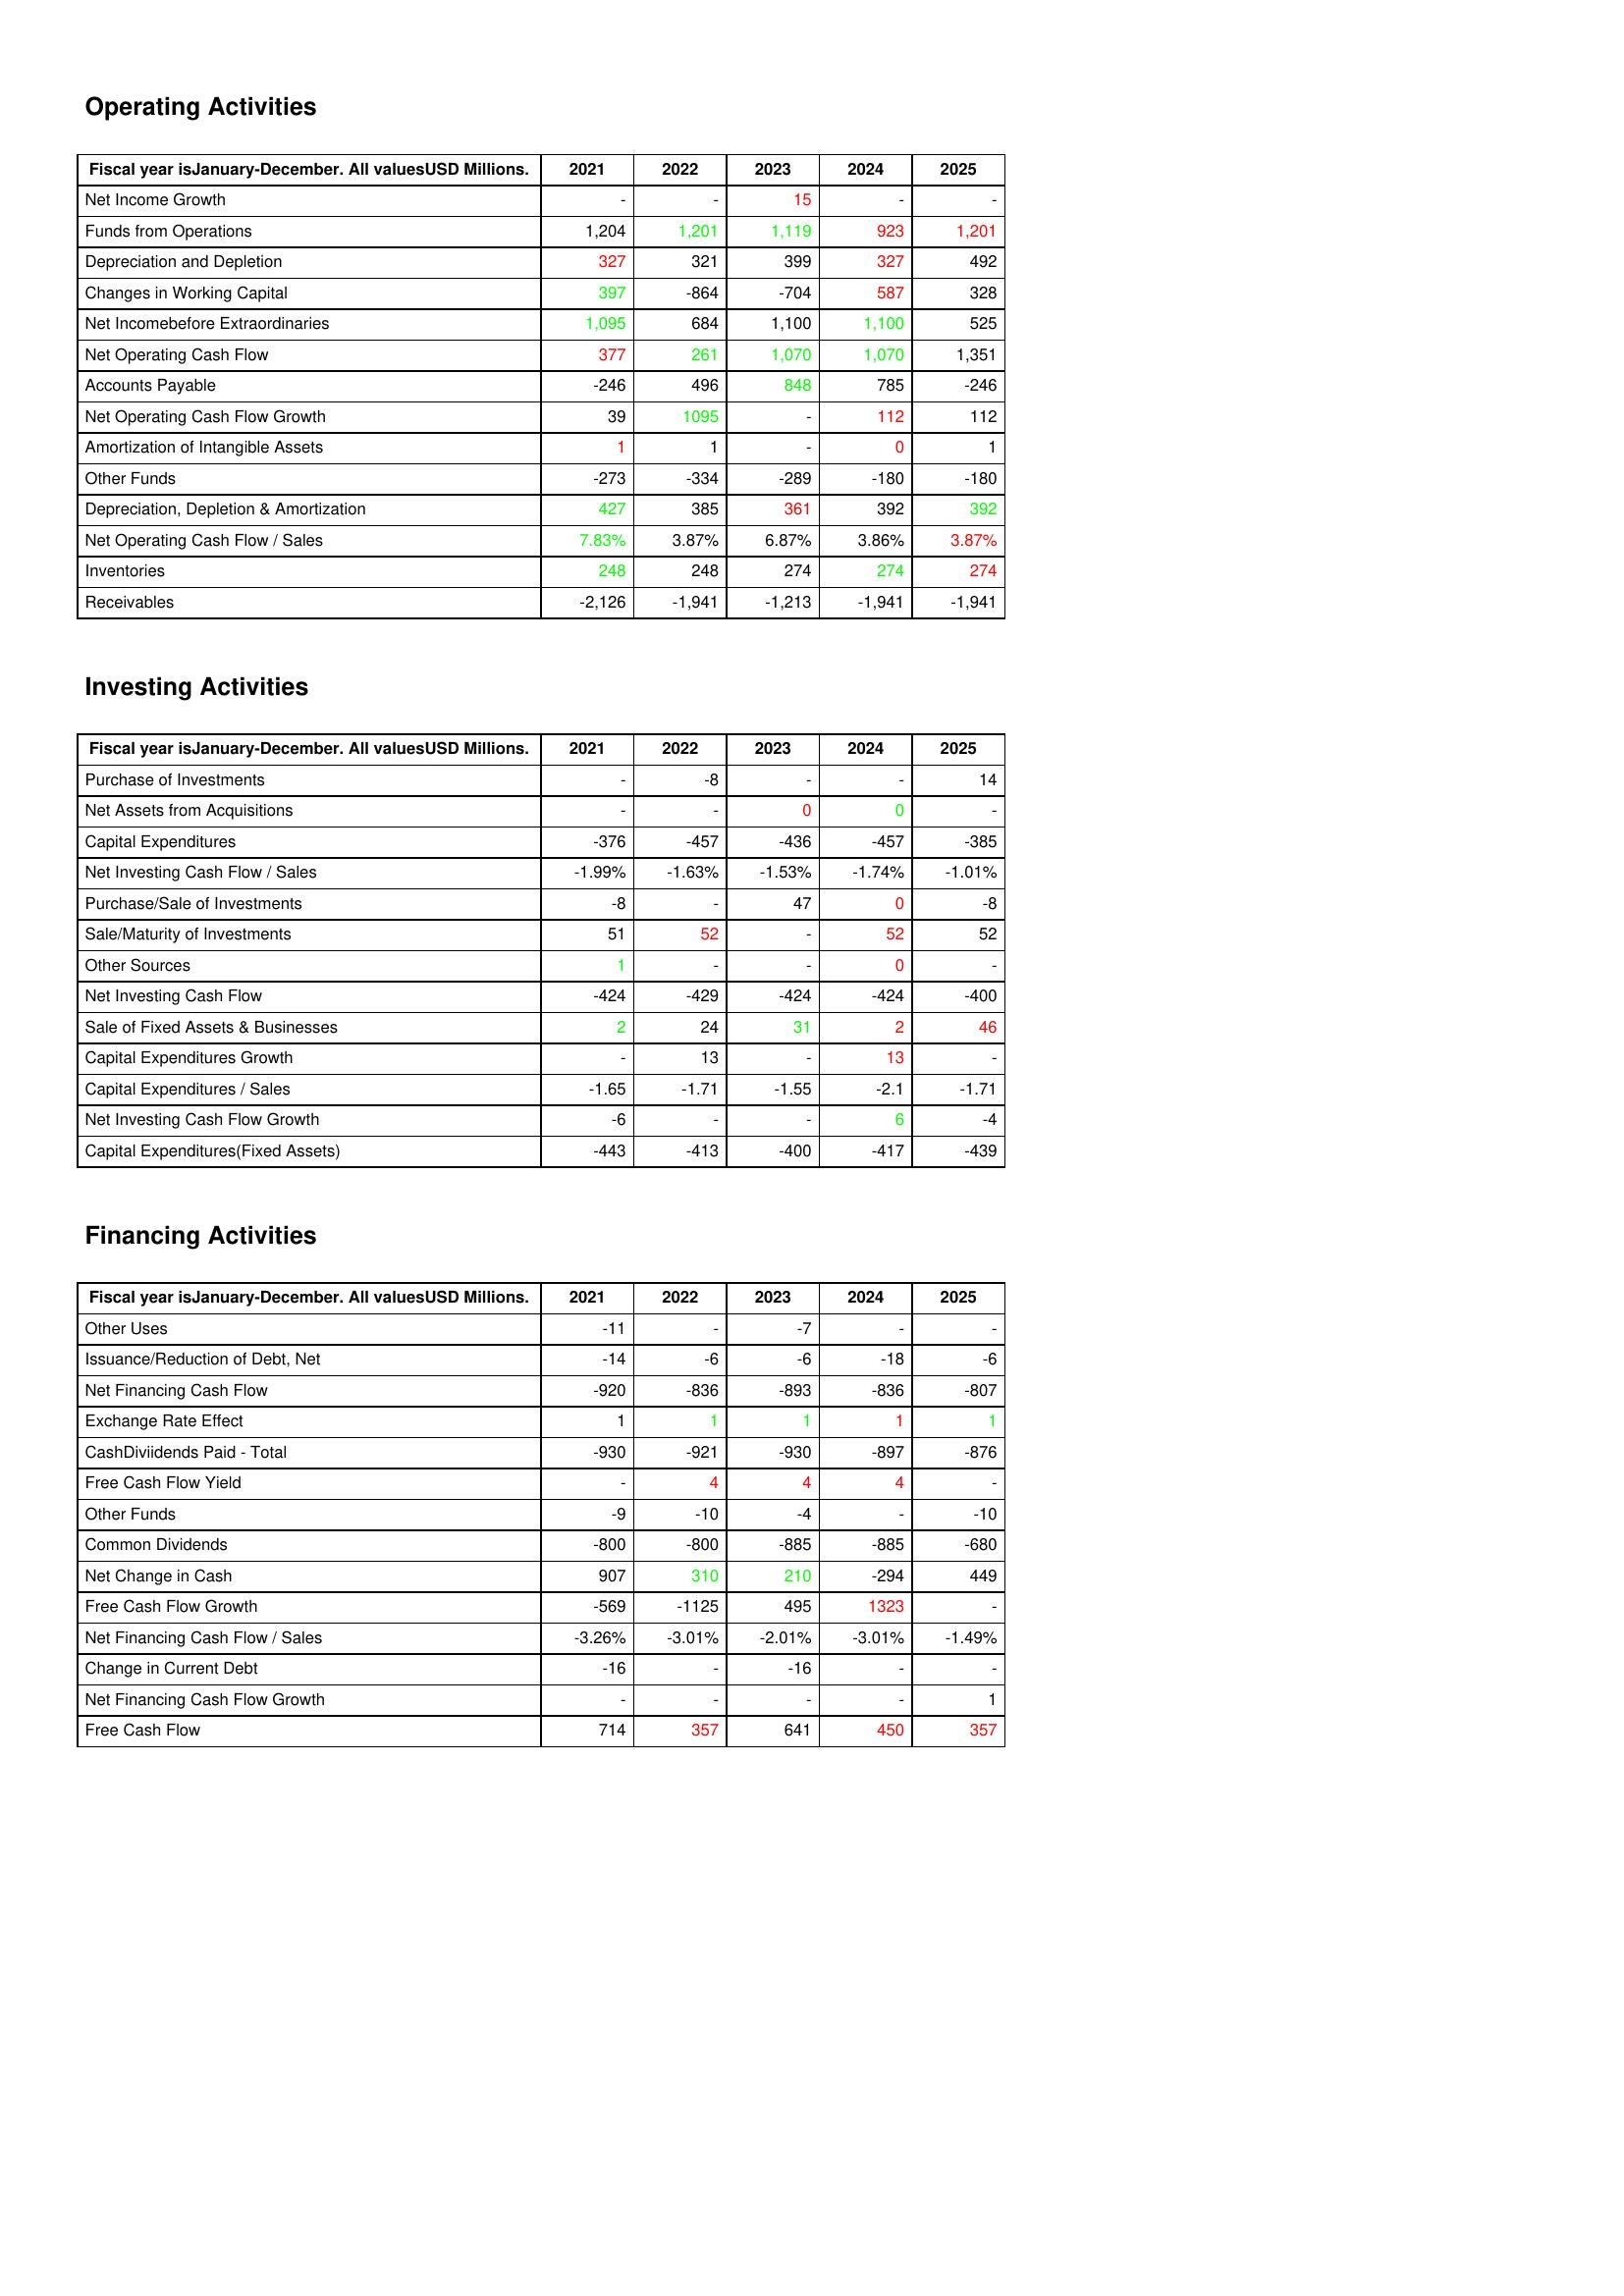
gt_parse: 2021: Operating Activities: Net Income Growth: -
Funds from Operations: 1,204
Depreciation and Depletion: 327
Changes in Working Capital: 397
Net Incomebefore Extraordinaries: 1,095
Net Operating Cash Flow: 377
Accounts Payable: -246
Net Operating Cash Flow Growth: 39
Amortization of Intangible Assets: 1
Other Funds: -273
Depreciation, Depletion & Amortization: 427
Net Operating Cash Flow / Sales: 7.83%
Inventories: 248
Receivables: -2,126
Investing Activities: Purchase of Investments: -
Net Assets from Acquisitions: -
Capital Expenditures: -376
Net Investing Cash Flow / Sales: -1.99%
Purchase/Sale of Investments: -8
Sale/Maturity of Investments: 51
Other Sources: 1
Net Investing Cash Flow: -424
Sale of Fixed Assets & Businesses: 2
Capital Expenditures Growth: -
Capital Expenditures / Sales: -1.65
Net Investing Cash Flow Growth: -6
Capital Expenditures(Fixed Assets): -443
Financing Activities: Other Uses: -11
Issuance/Reduction of Debt, Net: -14
Net Financing Cash Flow: -920
Exchange Rate Effect: 1
CashDiviidends Paid - Total: -930
Free Cash Flow Yield: -
Other Funds: -9
Common Dividends: -800
Net Change in Cash: 907
Free Cash Flow Growth: -569
Net Financing Cash Flow / Sales: -3.26%
Change in Current Debt: -16
Net Financing Cash Flow Growth: -
Free Cash Flow: 714
2022: Operating Activities: Net Income Growth: -
Funds from Operations: 1,201
Depreciation and Depletion: 321
Changes in Working Capital: -864
Net Incomebefore Extraordinaries: 684
Net Operating Cash Flow: 261
Accounts Payable: 496
Net Operating Cash Flow Growth: 1095
Amortization of Intangible Assets: 1
Other Funds: -334
Depreciation, Depletion & Amortization: 385
Net Operating Cash Flow / Sales: 3.87%
Inventories: 248
Receivables: -1,941
Investing Activities: Purchase of Investments: -8
Net Assets from Acquisitions: -
Capital Expenditures: -457
Net Investing Cash Flow / Sales: -1.63%
Purchase/Sale of Investments: -
Sale/Maturity of Investments: 52
Other Sources: -
Net Investing Cash Flow: -429
Sale of Fixed Assets & Businesses: 24
Capital Expenditures Growth: 13
Capital Expenditures / Sales: -1.71
Net Investing Cash Flow Growth: -
Capital Expenditures(Fixed Assets): -413
Financing Activities: Other Uses: -
Issuance/Reduction of Debt, Net: -6
Net Financing Cash Flow: -836
Exchange Rate Effect: 1
CashDiviidends Paid - Total: -921
Free Cash Flow Yield: 4
Other Funds: -10
Common Dividends: -800
Net Change in Cash: 310
Free Cash Flow Growth: -1125
Net Financing Cash Flow / Sales: -3.01%
Change in Current Debt: -
Net Financing Cash Flow Growth: -
Free Cash Flow: 357
2023: Operating Activities: Net Income Growth: 15
Funds from Operations: 1,119
Depreciation and Depletion: 399
Changes in Working Capital: -704
Net Incomebefore Extraordinaries: 1,100
Net Operating Cash Flow: 1,070
Accounts Payable: 848
Net Operating Cash Flow Growth: -
Amortization of Intangible Assets: -
Other Funds: -289
Depreciation, Depletion & Amortization: 361
Net Operating Cash Flow / Sales: 6.87%
Inventories: 274
Receivables: -1,213
Investing Activities: Purchase of Investments: -
Net Assets from Acquisitions: 0
Capital Expenditures: -436
Net Investing Cash Flow / Sales: -1.53%
Purchase/Sale of Investments: 47
Sale/Maturity of Investments: -
Other Sources: -
Net Investing Cash Flow: -424
Sale of Fixed Assets & Businesses: 31
Capital Expenditures Growth: -
Capital Expenditures / Sales: -1.55
Net Investing Cash Flow Growth: -
Capital Expenditures(Fixed Assets): -400
Financing Activities: Other Uses: -7
Issuance/Reduction of Debt, Net: -6
Net Financing Cash Flow: -893
Exchange Rate Effect: 1
CashDiviidends Paid - Total: -930
Free Cash Flow Yield: 4
Other Funds: -4
Common Dividends: -885
Net Change in Cash: 210
Free Cash Flow Growth: 495
Net Financing Cash Flow / Sales: -2.01%
Change in Current Debt: -16
Net Financing Cash Flow Growth: -
Free Cash Flow: 641
2024: Operating Activities: Net Income Growth: -
Funds from Operations: 923
Depreciation and Depletion: 327
Changes in Working Capital: 587
Net Incomebefore Extraordinaries: 1,100
Net Operating Cash Flow: 1,070
Accounts Payable: 785
Net Operating Cash Flow Growth: 112
Amortization of Intangible Assets: 0
Other Funds: -180
Depreciation, Depletion & Amortization: 392
Net Operating Cash Flow / Sales: 3.86%
Inventories: 274
Receivables: -1,941
Investing Activities: Purchase of Investments: -
Net Assets from Acquisitions: 0
Capital Expenditures: -457
Net Investing Cash Flow / Sales: -1.74%
Purchase/Sale of Investments: 0
Sale/Maturity of Investments: 52
Other Sources: 0
Net Investing Cash Flow: -424
Sale of Fixed Assets & Businesses: 2
Capital Expenditures Growth: 13
Capital Expenditures / Sales: -2.1
Net Investing Cash Flow Growth: 6
Capital Expenditures(Fixed Assets): -417
Financing Activities: Other Uses: -
Issuance/Reduction of Debt, Net: -18
Net Financing Cash Flow: -836
Exchange Rate Effect: 1
CashDiviidends Paid - Total: -897
Free Cash Flow Yield: 4
Other Funds: -
Common Dividends: -885
Net Change in Cash: -294
Free Cash Flow Growth: 1323
Net Financing Cash Flow / Sales: -3.01%
Change in Current Debt: -
Net Financing Cash Flow Growth: -
Free Cash Flow: 450
2025: Operating Activities: Net Income Growth: -
Funds from Operations: 1,201
Depreciation and Depletion: 492
Changes in Working Capital: 328
Net Incomebefore Extraordinaries: 525
Net Operating Cash Flow: 1,351
Accounts Payable: -246
Net Operating Cash Flow Growth: 112
Amortization of Intangible Assets: 1
Other Funds: -180
Depreciation, Depletion & Amortization: 392
Net Operating Cash Flow / Sales: 3.87%
Inventories: 274
Receivables: -1,941
Investing Activities: Purchase of Investments: 14
Net Assets from Acquisitions: -
Capital Expenditures: -385
Net Investing Cash Flow / Sales: -1.01%
Purchase/Sale of Investments: -8
Sale/Maturity of Investments: 52
Other Sources: -
Net Investing Cash Flow: -400
Sale of Fixed Assets & Businesses: 46
Capital Expenditures Growth: -
Capital Expenditures / Sales: -1.71
Net Investing Cash Flow Growth: -4
Capital Expenditures(Fixed Assets): -439
Financing Activities: Other Uses: -
Issuance/Reduction of Debt, Net: -6
Net Financing Cash Flow: -807
Exchange Rate Effect: 1
CashDiviidends Paid - Total: -876
Free Cash Flow Yield: -
Other Funds: -10
Common Dividends: -680
Net Change in Cash: 449
Free Cash Flow Growth: -
Net Financing Cash Flow / Sales: -1.49%
Change in Current Debt: -
Net Financing Cash Flow Growth: 1
Free Cash Flow: 357